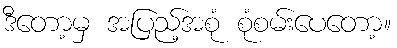
ဒီတော့မှ အပြည့်အစုံ စုံစမ်းပေတော့။